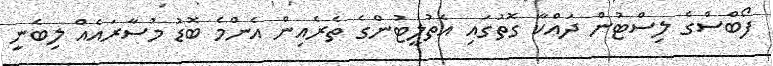
ފޯބްސްގެ ލިސްޓުން ދައްކާ ގޮތުގައި އެތުލީޓުންގެ ތެރެއިން އެންމެ ބޮޑު މުސާރައެއް ލިބެނީ